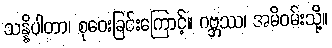
သန္နိပါတာ၊ စုဝေးခြင်းကြောင့်။ ဂဗ္ဘဿ၊ အမိဝမ်းသို့။